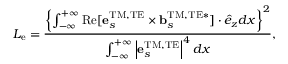
L _ { \mathrm { e } } = \frac { \left\{ \int _ { - \infty } ^ { + \infty } \mathrm { R e } [ { \bf e } _ { s } ^ { \mathrm { T M , T E } } \times { \bf b } _ { s } ^ { \mathrm { T M , T E * } } ] \cdot \hat { e } _ { z } d x \right\} ^ { 2 } } { \int _ { - \infty } ^ { + \infty } \left| { \bf e } _ { s } ^ { \mathrm { T M , T E } } \right| ^ { 4 } d x } ,